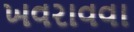
ખવરાવવા